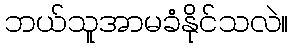
ဘယ်သူအာမခံနိုင်သလဲ။